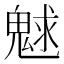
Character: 𩳞